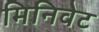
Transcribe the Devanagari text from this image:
मिनिवेट